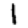
Digit: 1